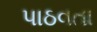
પાઠવતા